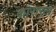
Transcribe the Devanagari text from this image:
कारारल